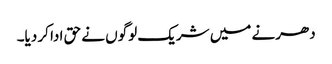
دھرنے میں شریک لوگوں نے حق ادا کر دیا۔